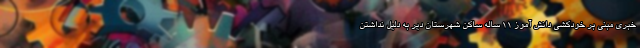
خبری مبنی بر خودکشی دانش آموز ۱۱ ساله ساکن شهرستان دیر به دلیل نداشتن